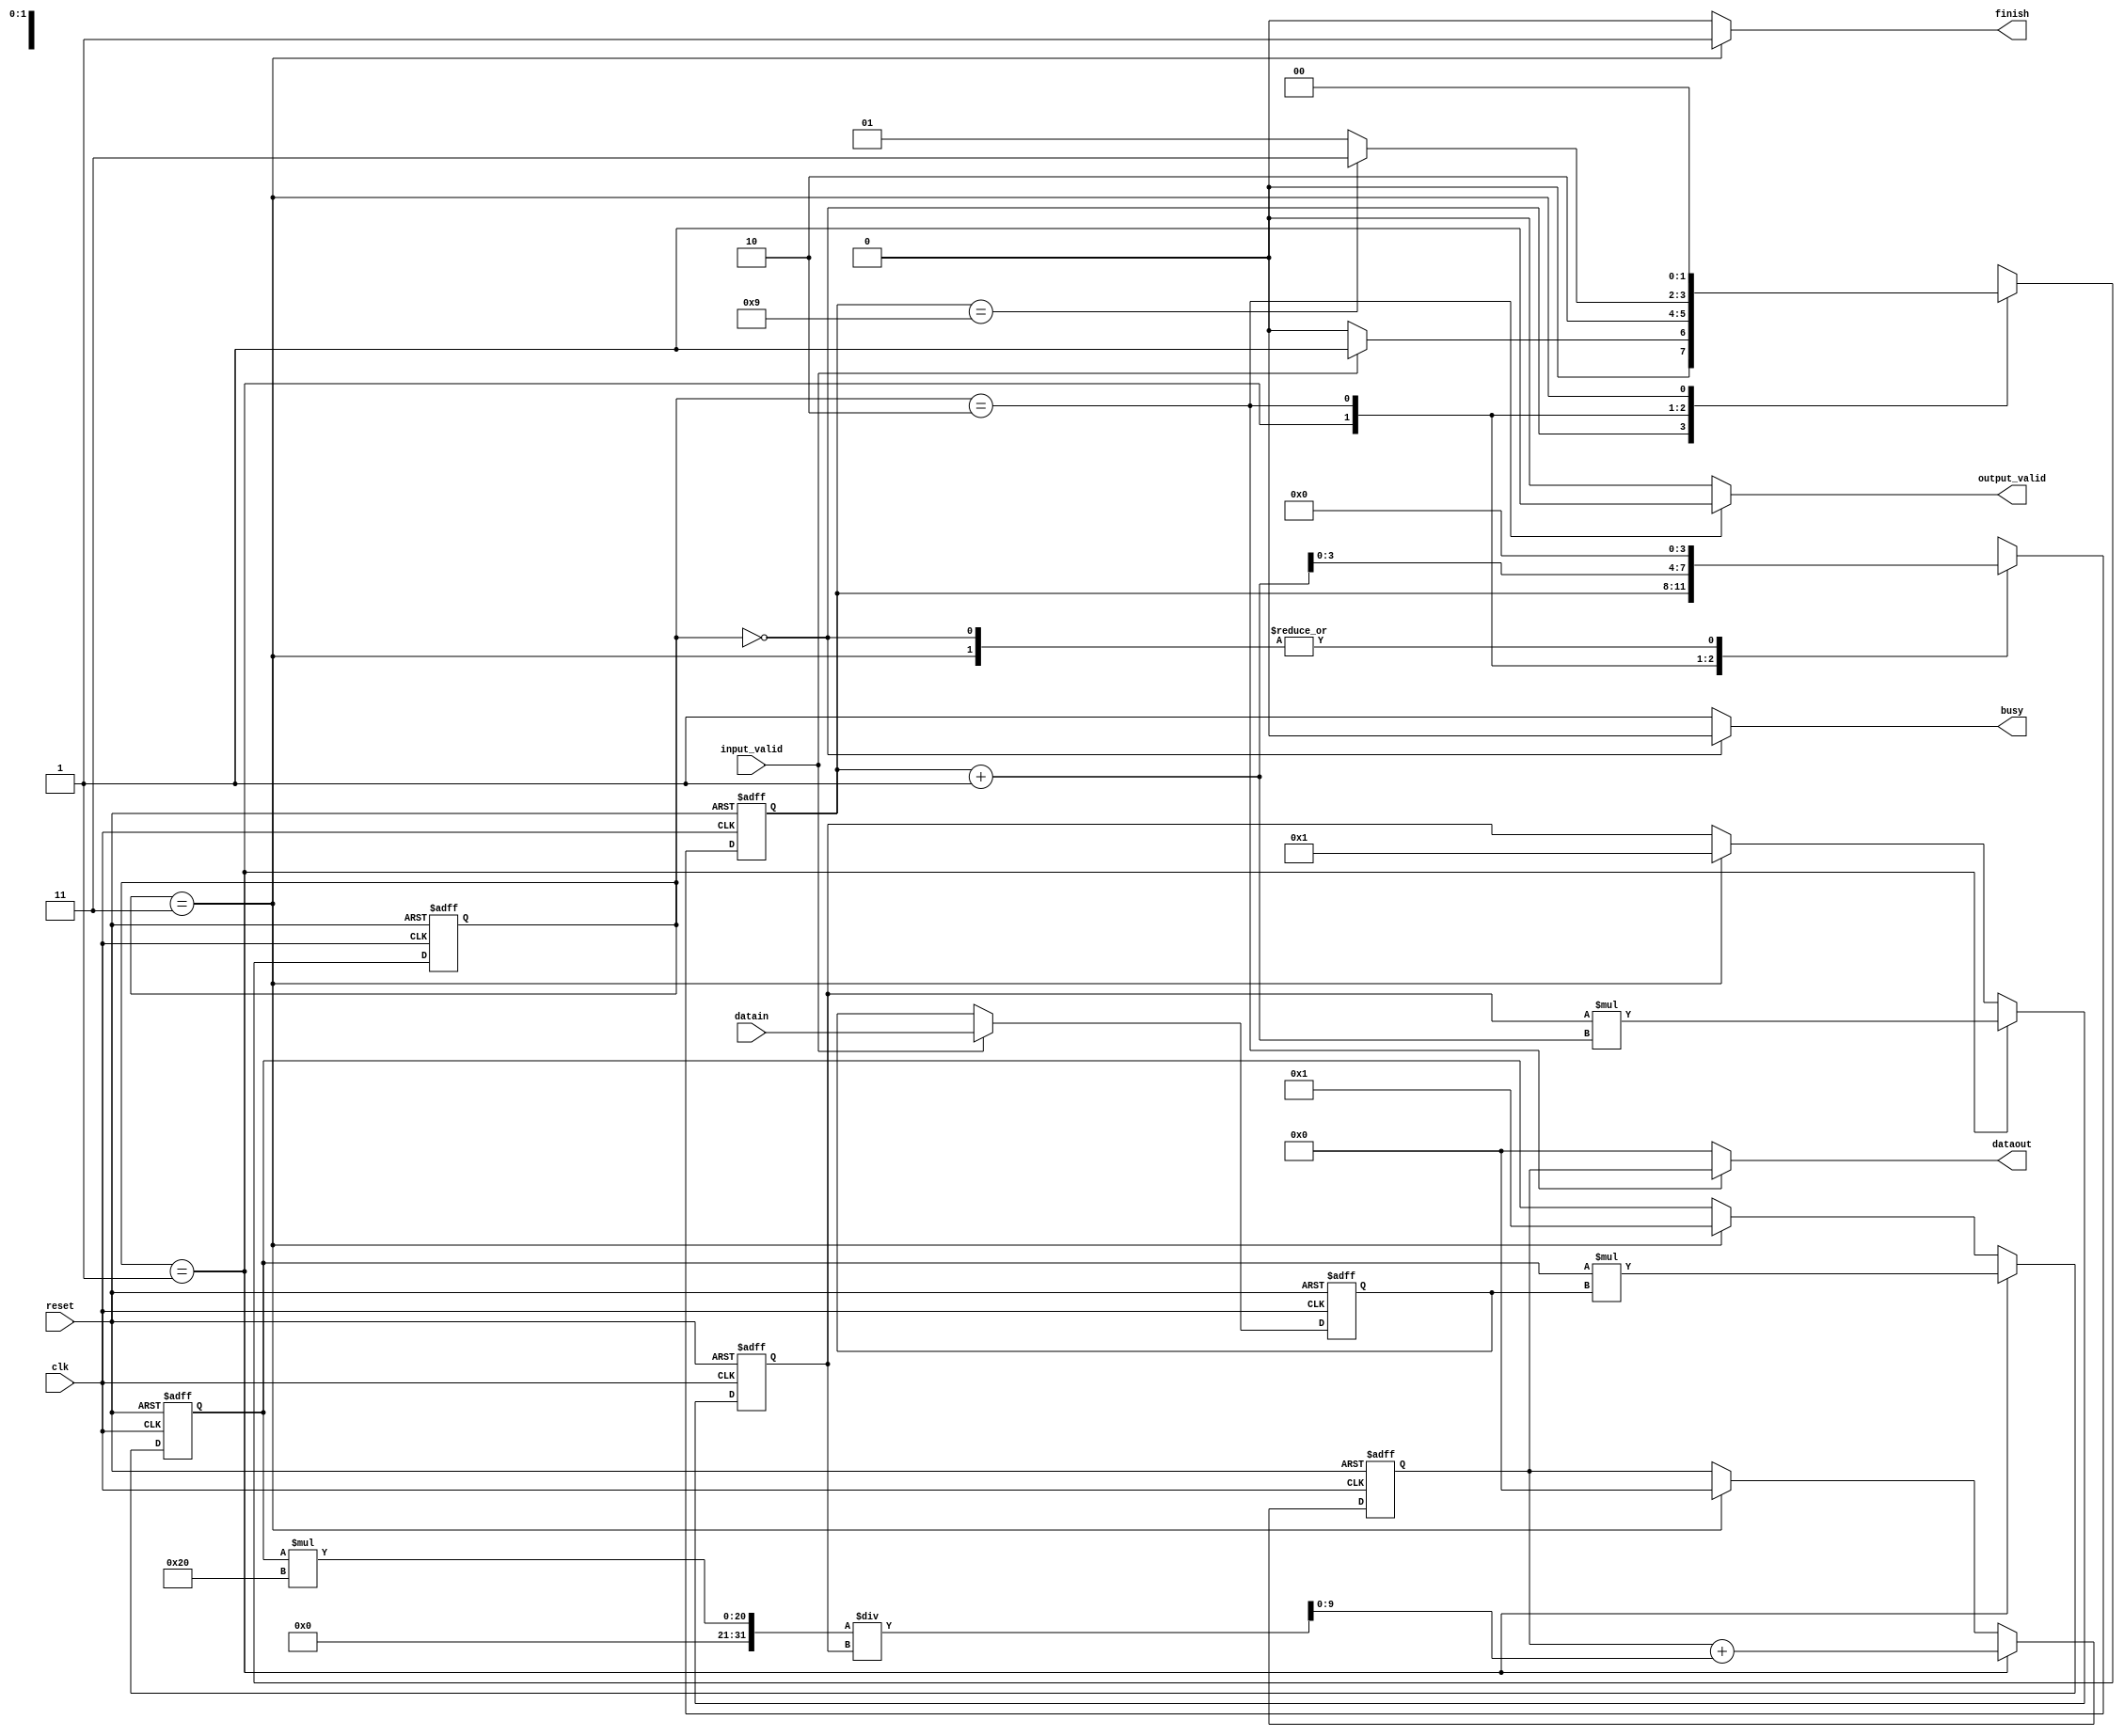
module EXP(clk, reset, datain, input_valid, dataout, output_valid, busy, finish);
input           clk;
input           reset;
input   [1:0]   datain;
input           input_valid;
output  [9:0]   dataout;
output          output_valid;
output          busy;
output			finish;

parameter IDLE = 2'd0;
parameter CAL = 2'd1;
parameter OUT = 2'd2;
parameter DONE = 2'd3;

reg [1:0] x;
reg [9:0] exp_x, nxt_exp_x;  // result of calculation (dataout)
reg [1:0] state, nxt_state;
reg [3:0] counter, nxt_counter;	// used to calculate factorial
reg [14:0] x_power,nxt_x_power;
reg [18:0] factorial,nxt_factorial;
reg [9:0] dataout;
reg output_valid,busy,finish;


always @(posedge clk or posedge reset) begin
	if (reset) begin
		x <= 2'd0;
		exp_x <= 10'd0;
		state <= 2'd0;
		counter <= 1'b0;
		x_power <= 15'd1;
		factorial <= 19'd1;
	end
	else begin
		if (input_valid)
			x <= datain;
		else
			x <= x;
		exp_x <= nxt_exp_x;
		state <= nxt_state;
		counter <= nxt_counter;
		x_power <= nxt_x_power;
		factorial <= nxt_factorial;
	end
end

always @(*) begin // FSM, nxt_counter
	case (state)
	IDLE: begin
		if (input_valid)
			nxt_state = CAL;
		else
			nxt_state = IDLE;
		nxt_counter = 4'd0;
	end
	CAL: begin
		nxt_state = OUT;
		nxt_counter = counter;
	end
	OUT: begin
		if (counter==4'd9)
			nxt_state = DONE;
		else
			nxt_state = CAL;
		nxt_counter = counter+1;
	end
	DONE: begin
		nxt_state = IDLE;
		nxt_counter = 4'd0;
	end
	endcase
end

always @(*) begin // nxt_exp_x, nxt_x_power, nxt_factorial
	if (state==CAL) begin
		nxt_x_power = x_power*x;
		nxt_factorial = factorial*(counter+1);
		nxt_exp_x = (exp_x + ((x_power*32)/factorial));
	end
	else if (state==DONE) begin
		nxt_x_power = 15'd1;
		nxt_factorial = 19'd1;
		nxt_exp_x = 10'd0;
	end
	else begin
		nxt_x_power = x_power;
		nxt_factorial = factorial;
		nxt_exp_x = exp_x;
	end
end

always @(*) begin // dataout, output_valid
	if (state==OUT) begin
		dataout = exp_x;
		output_valid = 1'b1;
	end
	else begin
		dataout = 10'd0;
		output_valid = 1'b0;
	end
end

always @(*) begin // busy, finish
	if (state==IDLE)
		busy = 1'b0;
	else
		busy = 1'b1;
end

always @(*) begin //  finish
	if (state==DONE)
		finish = 1'b1;
	else
		finish = 1'b0;
end

endmodule